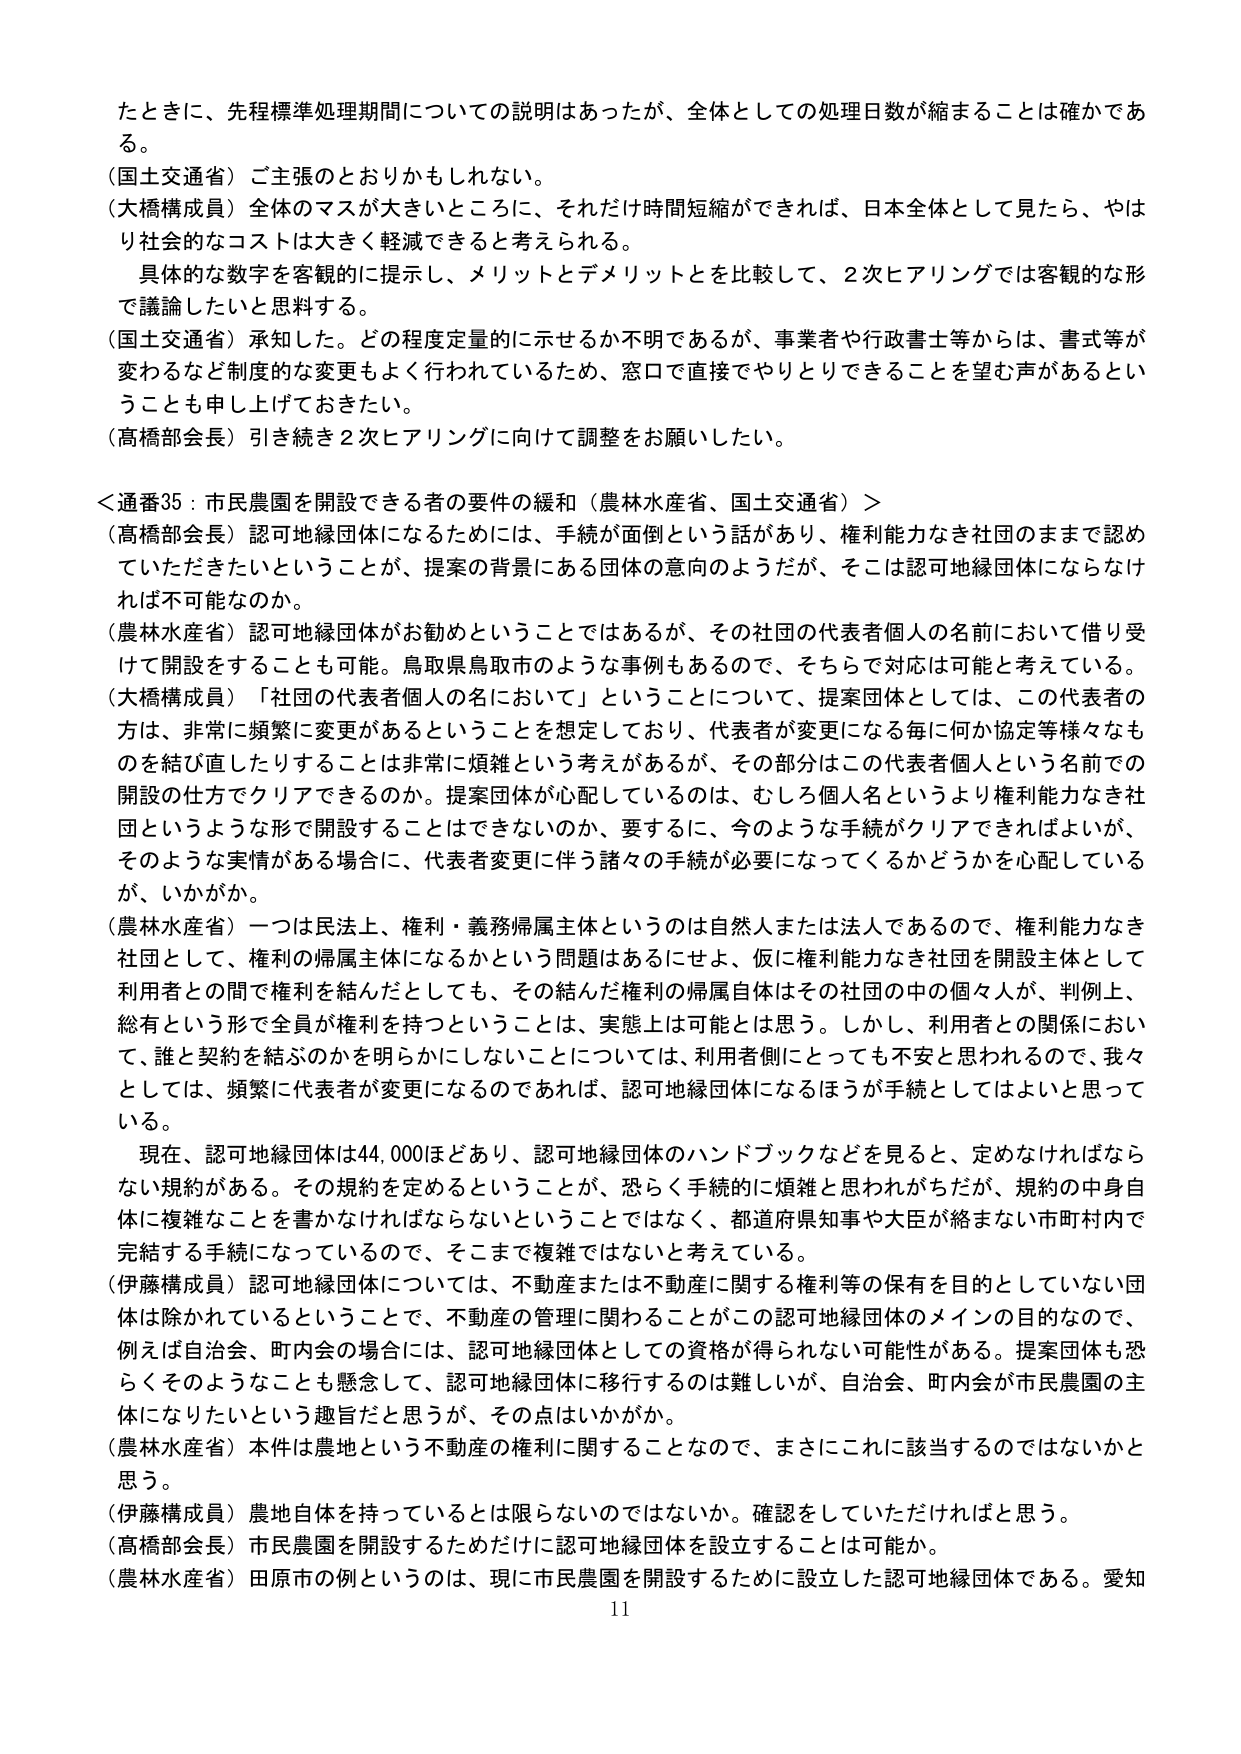
たときに、先程標準処理期間についての説明はあったが、全体としての処理日数が縮まることは確かである。

（国土交通省）ご主張のとおりかもしれない。

（大橋構成員）全体のマスが大きいところに、それだけ時間短縮ができれば、日本全体として見たら、やはり社会的なコストは大きく軽減できると考えられる。

具体的な数字を客観的に提示し、メリットとデメリットとを比較して、2次ヒアリングでは客観的な形で議論したいと思料する。

（国土交通省）承知した。どの程度定量的に示せるか不明であるが、事業者や行政書士等からは、書式等が変わるなど制度的な変更もよく行われているため、窓口で直接でやりとりできることを望む声があるということを申し上げておきたい。

（高橋部会長）引き続き2次ヒアリングに向けて調整をお願いしたい。

＜通番35：市民農園を開設できる者の要件の緩和（農林水産省、国土交通省）＞

（高橋部会長）認可地縁団体になるためには、手続が面倒という話があり、権利能力なき社団のままで認めていただきたいということだが、提案の背景にある団体の意向のようだが、そこは認可地縁団体にならなければ不可能なのか。

（農林水産省）認可地縁団体がお勧めということではあるが、その社団の代表者個人の名前において借り受けて開設することも可能。鳥取県鳥取市のような事例もあるので、そちらで対応は可能と考えている。

（大橋構成員）「社団の代表者個人の名において」ということについて、提案団体としては、この代表者の方は、非常に頻繁に変更があるということを想定しており、代表者が変更になる毎に何か協定等様々なものを結び直したりすることは非常に煩雑という考えがあるが、その部分はこの代表者個人という名前での開設の仕方でクリアできるのか。提案団体が心配しているのは、むしろ個人名というより権利能力なき社団というような形で開設することはできないのか、要するに、今のような手続がクリアできればよいが、そのような実情がある場合に、代表者変更に伴う諸々の手続が必要になってくるかどうかを心配しているが、いかがか。

（農林水産省）一つは民法上、権利・義務帰属主体というのは自然人または法人であるので、権利能力なき社団として、権利の帰属主体になるかという問題はありにせよ、仮に権利能力なき社団を開設主体として利用者との間で権利を結んだとしても、その結んだ権利の帰属自体はその社団の中の個々人が、判例上、総有という形で全員が権利を持つということは、実態上は可能とは思う。しかし、利用者との関係において、誰と契約を結ぶのかを明らかにしないことについては、利用者側にとっても不安と思われるので、我々としては、頻繁に代表者が変更になるのであれば、認可地縁団体になるほうが手続としてはよいと思っている。

現在、認可地縁団体は44,000ほどあり、認可地縁団体のハンドブックなどを見ると、定めなければならない規約がある。その規約を定めるということが、恐らく手続的に煩雑と思われがちだが、規約の中身自体に複雑なことを書かなければならないということではなく、都道府県知事や大臣が絡まない市町村内で完結する手続になっているので、そこまで複雑ではないと考えている。

（伊藤構成員）認可地縁団体については、不動産または不動産に関する権利等の保有を目的としていない団体は除かれているということで、不動産の管理に関わることがこの認可地縁団体のメインの目的なので、例えば自治会、町内会の場合には、認可地縁団体としての資格が得られない可能性がある。提案団体も恐らくそのようなことも懸念して、認可地縁団体に移行するのは難しいが、自治会、町内会が市民農園の主体になりたいという趣旨だと思うが、その点はいかがか。

（農林水産省）本件は農地という不動産の権利に関することなので、まさにこれに該当するのではないかと思う。

（伊藤構成員）農地自体を持っているとは限らないのではないか。確認をしていただければと思う。

（高橋部会長）市民農園を開設するためだけに認可地縁団体を設立することは可能か。

（農林水産省）田原市の例というのは、現に市民農園を開設するために設立した認可地縁団体である。愛知

11